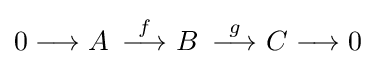
0\longrightarrow A\,\ {\stackrel {f}{\longrightarrow }}\ B\,\ {\stackrel {g}{\longrightarrow }}\ C\longrightarrow 0